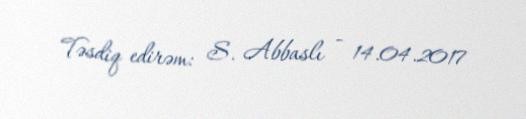
Təsdiq edirəm: S. Abbaslı - 14.04.2017